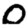
Digit: 0